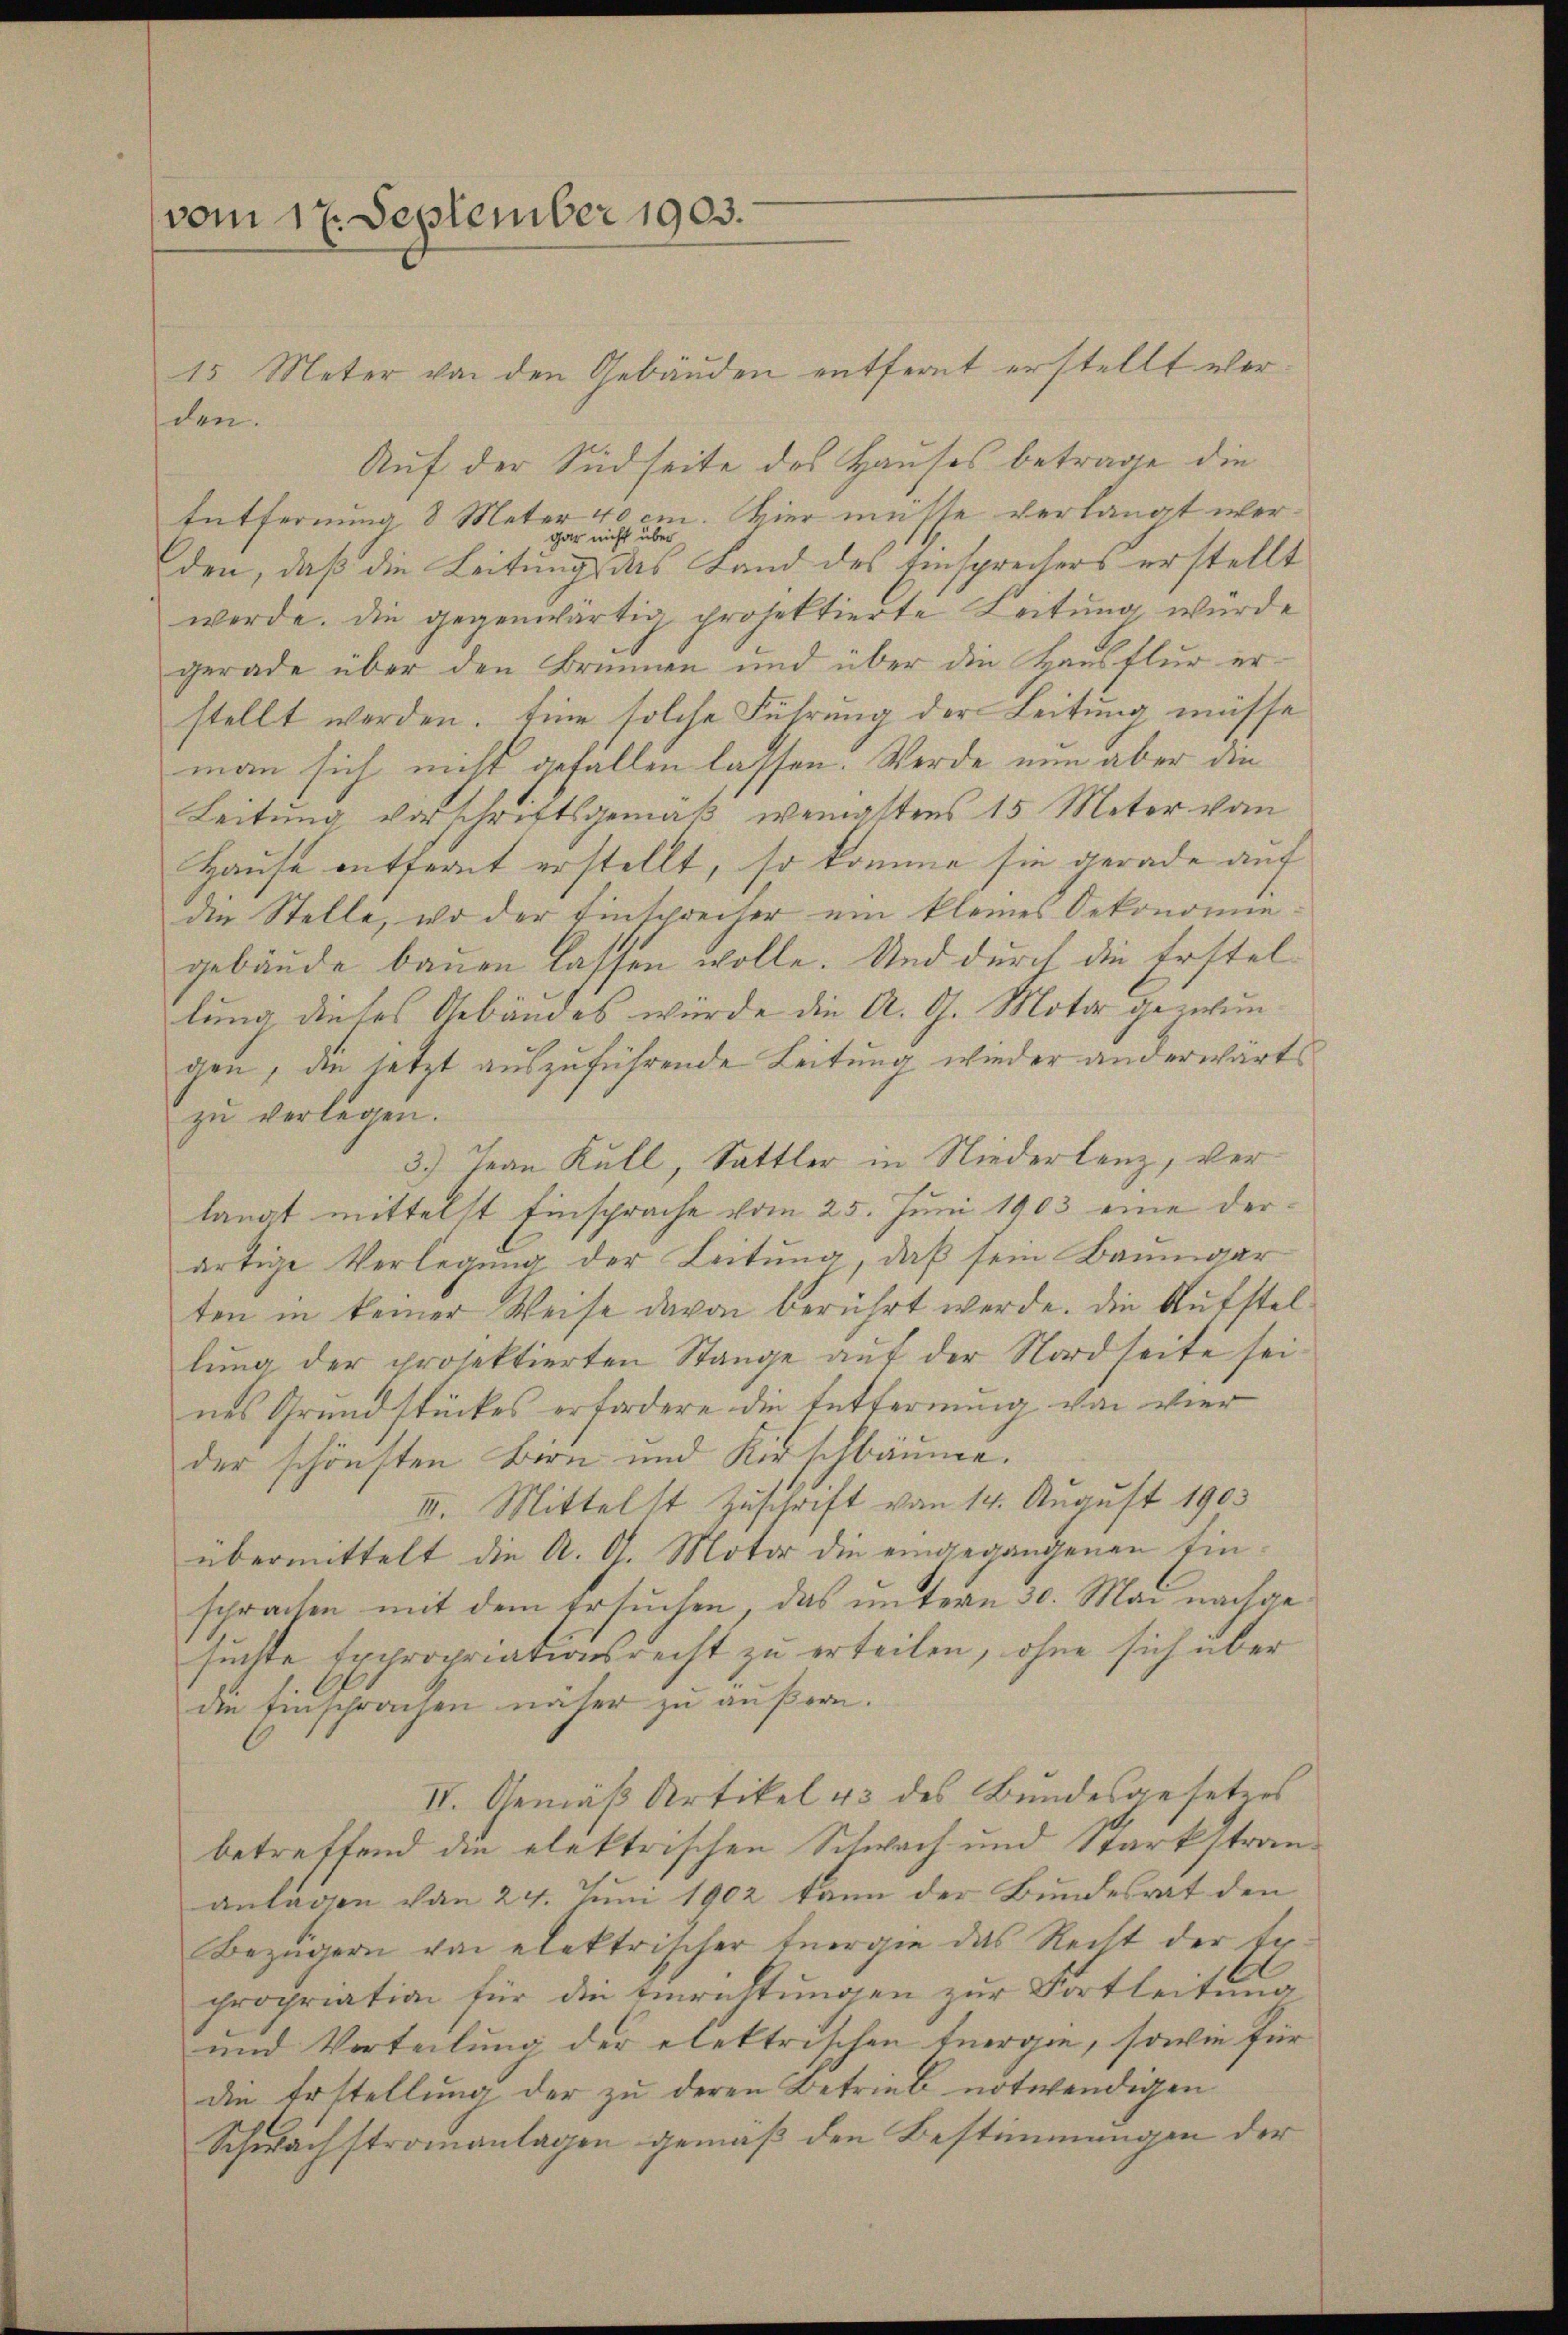
vom 17. September 1903.

den.

15 Meter von den Gebäuden entfernt erstellt wer¬
Auf der Südseite des Hauses betrage die
Entfernung 8 Meter 40 cm. Hier müsse verlangt wergar nicht über
den, daß die Leitung des Land des Einsprechers erstellt
werde. Die gegenwärtig projektierte Leitung würde
gerade über den Brunnen und über die Hausflur erstellt werden. Eine solche Führung der Leitung müsse
man sich nicht gefallen lassen. Werde nun aber die
Leitung vorschriftsgemäß wenaltens 15 Meter vo
Hause entfernt erstellt, so komme sie gerade auf
die Stelle, wo der Einsprecher ein kleines Oekonomie.
gebäude bauen lassen wolle. Und durch die Erstellung dieses Gebäudes würde die A. G. Motor gezwungen, die jetzt auszuführende Leitung wieder anderwärts
zu verlegen.
3.) Jean Kull, Sattler in Niederlenz, verlangt mittelst Einsprache vom 25. Juni 1903 eine derartige Verlegung der Leitung, daß sein Baumgar
ten in keiner Weise davon berührt werde. Die Aufstellŭng der projektierten Stange aŭf der Nordseite sei.
nes Grundstückes erfordere die Entfernung von vier
der schönsten Bern und Kirschbäume.
III. Mittelst Zuschrift vom 14. August 1903
übermittelt die A. G. Motor die eingegangenen Einsprachen mit dem Ersuchen, das unterm 30. Mai nachgesuchte Expropriationsrecht zu erteilen, ohne sich über
die Einsprachen näher zu äußern.
IV. Gemäß Artikel 43 des Bundesgesetzes
betreffend die elektrischen Schwach und Starkstrananlagen von 24. Juni 1902 kann der Bundesrat den
Bezügern von elektrischer Energie das Recht der Er-
propriation für die Einrichtungen zur Fortleitung
und Vorteilung der elektrischen Energie, sowie für
die Erstellung der zu deren Betrieb notwendigen
Schwachstromanlagen gemäß den Bestimmungen der